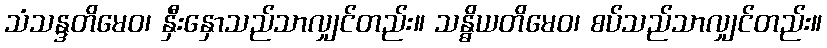
သံသန္ဒတိမေဝ၊ နှီးနှောသည်သာလျှင်တည်း။ သန္ဓိယတိမေဝ၊ စပ်သည်သာလျှင်တည်း။